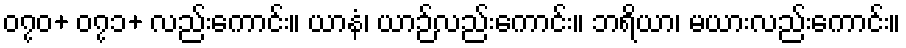
၀၇၀+ ၀၇၁+ လည်းကောင်း။ ယာနံ၊ ယာဉ်လည်းကောင်း။ ဘရိယာ၊ မယားလည်းကောင်း။